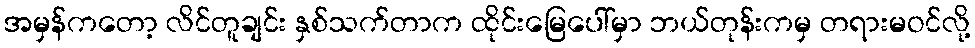
အမှန်ကတော့ လိင်တူချင်း နှစ်သက်တာက ထိုင်းမြေပေါ်မှာ ဘယ်တုန်းကမှ တရားမဝင်လို့